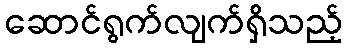
ဆောင်ရွက်လျက်ရှိသည့်